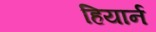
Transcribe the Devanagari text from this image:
हियार्न